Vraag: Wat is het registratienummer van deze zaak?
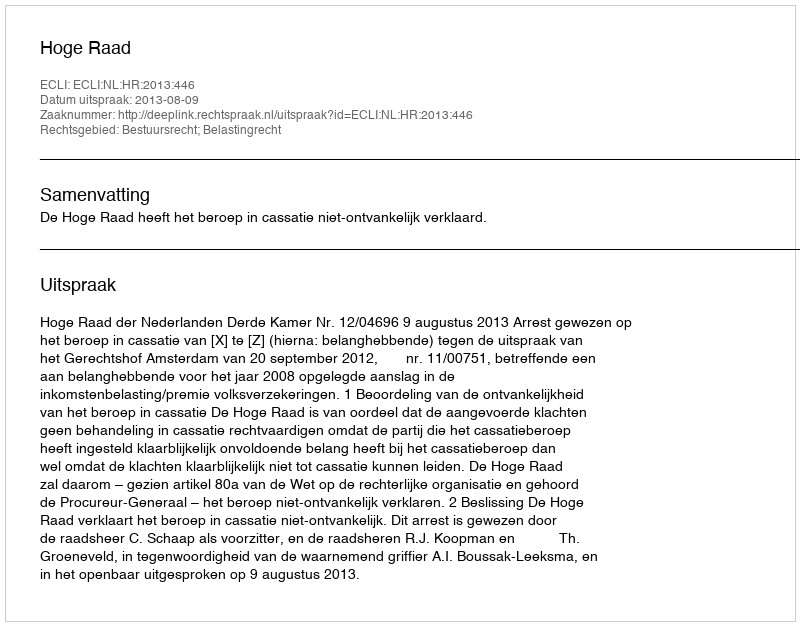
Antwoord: http://deeplink.rechtspraak.nl/uitspraak?id=ECLI:NL:HR:2013:446